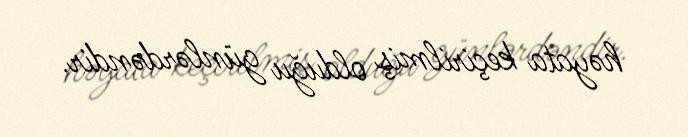
həyata keçirilmiş olduğu günlərdəndir.